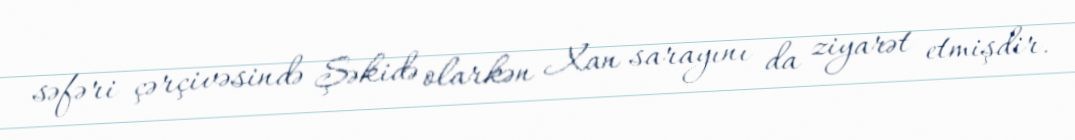
səfəri çərçivəsində Şəkidə olarkən Xan sarayını da ziyarət etmişdir.